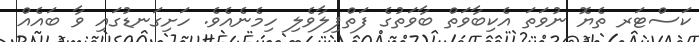
ކަސްޓަރ ތެޔޮ ނުވަތަ އެކިބާވަތް ބާވަތުގެ ފަތްޕިލާވެލި ހިމެނެއެވެ. ހަށިގަނޑުގައި ވާ ބައެއް